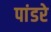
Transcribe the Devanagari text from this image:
पांडरे